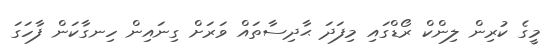
މީގެ ކުރިން ލިންކް ރޯޑްގައި މިފަދަ ޙާދިސާތައް ވަރަށް ގިނައިން ހިނގާކަން ފާހަގަ